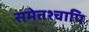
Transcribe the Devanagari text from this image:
समेतश्चापि